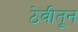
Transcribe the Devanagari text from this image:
ठेवीतून